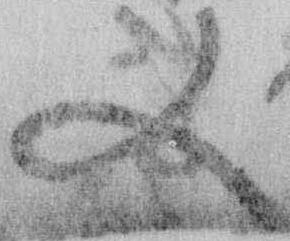
又